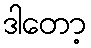
ဒါတော့